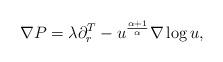
LaTeX: \begin{align*}\nabla P=\lambda\partial_{r}^{T}-u^{\frac{\alpha+1}{\alpha}}\nabla \log u,\end{align*}